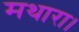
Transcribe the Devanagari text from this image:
मथारा।